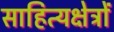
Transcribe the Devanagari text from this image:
साहित्यक्षेत्रों